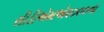
સીડીએમએ૨૦૦૦ના